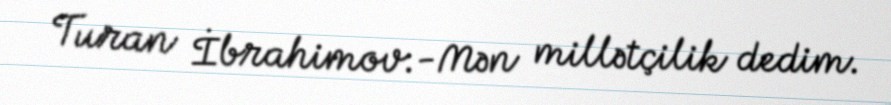
Turan İbrahimov:-Mən millətçilik dedim.